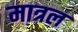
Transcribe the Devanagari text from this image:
मात्रल